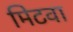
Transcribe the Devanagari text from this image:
मिटवा